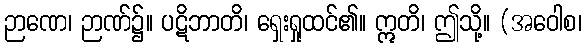
ဉာဏေ၊ ဉာဏ်၌။ ပဋိဘာတိ၊ ရှေးရှုထင်၏။ ဣတိ၊ ဤသို့။ (အဝေါစ၊